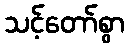
သင့်တော်စွာ